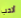
أتحب